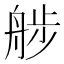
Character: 䑰